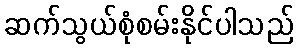
ဆက်သွယ်စုံစမ်းနိုင်ပါသည်